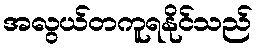
အလွယ်တကူရနိုင်သည်